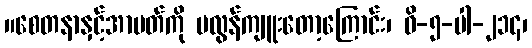
။စေတနာနှင့်အာပတ်ကို မလွန်ကျူးတော့ကြောင်း၊ ဝိ-၅-ပါ-၂၁၄၊